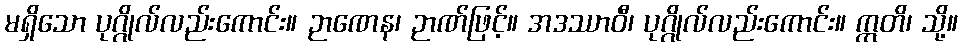
မရှိသော ပုဂ္ဂိုလ်လည်းကောင်း။ ဉာဏေန၊ ဉာဏ်ဖြင့်။ အဒဿာဝီ၊ ပုဂ္ဂိုလ်လည်းကောင်း။ ဣတိ၊ သို့။